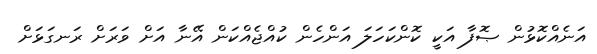
އަނެއްކޮޅުން ޞޮފާ އަކީ ކޮންކަހަލަ އަންހެން ކުއްޖެއްކަން އޭނާ އަށް ވަރަށް ރަނގަޅަށް